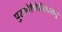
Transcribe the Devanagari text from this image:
पुराणेष्वितिहासेषु